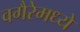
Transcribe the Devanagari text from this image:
वगैरेमध्ये